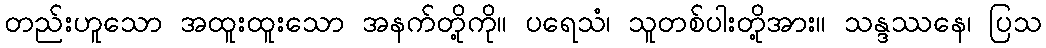
တည်းဟူသော အထူးထူးသော အနက်တို့ကို။ ပရေသံ၊ သူတစ်ပါးတို့အား။ သန္ဒဿနေ၊ ပြသ